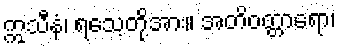
ဣသီနံ၊ ရသေ့တို့အား။ အတိဝတ္တာရော၊